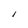
Character: l